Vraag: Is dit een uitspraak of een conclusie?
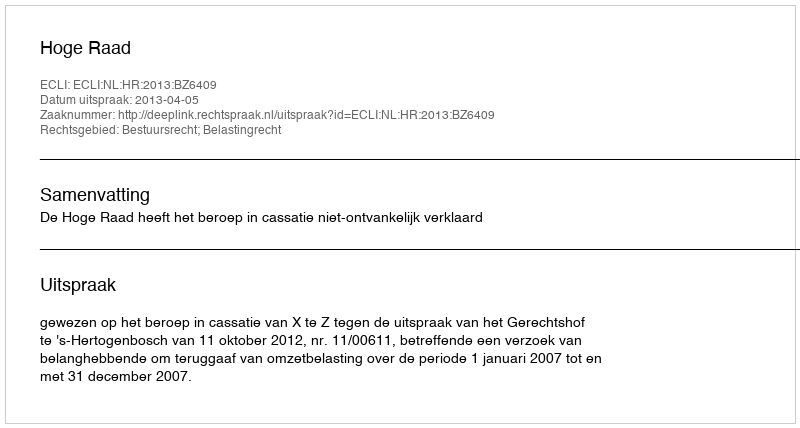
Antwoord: Uitspraak